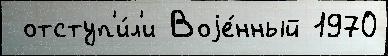
 отступ'и́л'и Воjе́нный 1970